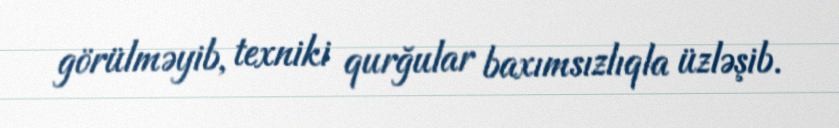
görülməyib, texniki qurğular baxımsızlıqla üzləşib.